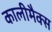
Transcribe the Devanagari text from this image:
कालीमैक्स